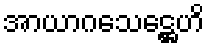
အာယာဂသေဋ္ဌေဟိ